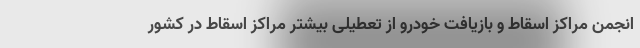
انجمن مراکز اسقاط و بازیافت خودرو از تعطیلی بیشتر مراکز اسقاط در کشور